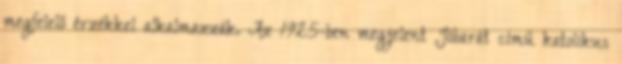
megfelelő érzékkel alkalmazzák. Az 1925-ben megjelent Jóbarát című katolikus